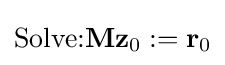
{\textrm {Solve:}}\mathbf {M} \mathbf {z} _{0}:=\mathbf {r} _{0}